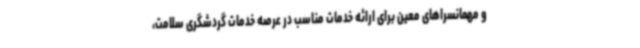
و مهمانسراهای معین برای ارائه خدمات مناسب در عرصه خدمات گردشگری سلامت،